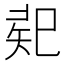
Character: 𢁄